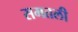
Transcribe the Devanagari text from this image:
समतली